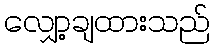
လျှော့ချထားသည်